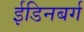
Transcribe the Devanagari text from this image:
ईडिनबर्ग